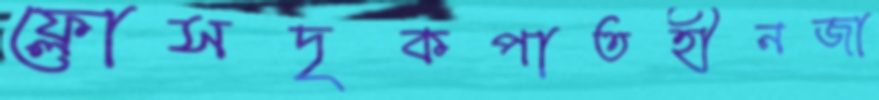
ফ্লোসদৃকপাতহীনজা